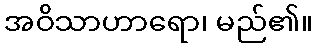
အဝိသာဟာရော၊ မည်၏။